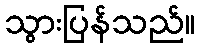
သွားပြန်သည်။